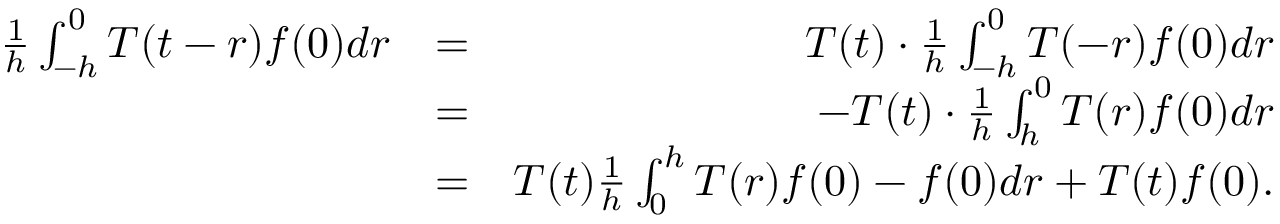
\begin{array} { r l r } { \frac { 1 } { h } \int _ { - h } ^ { 0 } T ( t - r ) f ( 0 ) d r } & { = } & { T ( t ) \cdot \frac { 1 } { h } \int _ { - h } ^ { 0 } T ( - r ) f ( 0 ) d r } \\ & { = } & { - T ( t ) \cdot \frac { 1 } { h } \int _ { h } ^ { 0 } T ( r ) f ( 0 ) d r } \\ & { = } & { T ( t ) \frac { 1 } { h } \int _ { 0 } ^ { h } T ( r ) f ( 0 ) - f ( 0 ) d r + T ( t ) f ( 0 ) . } \end{array}